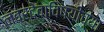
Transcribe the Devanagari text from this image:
नवरदेवाविषयीच्या